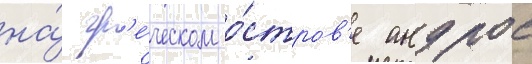
на́ гр'е́ческом о́стров'е андрос